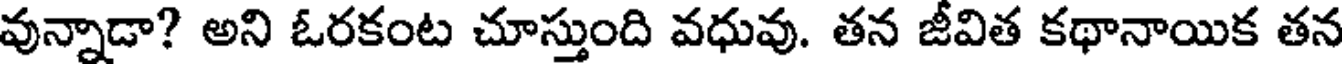
వున్నాడా? అని ఓరకంట చూస్తుంది వధువు. తన జీవిత కథానాయిక తన